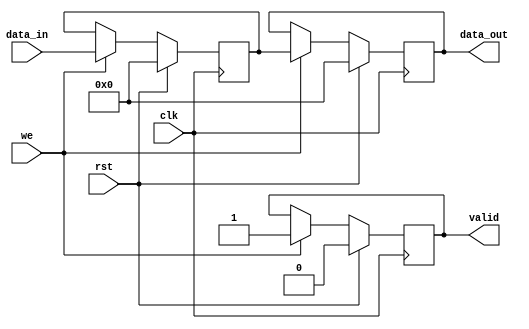
module PipelineBuffer #(
    parameter N = 8,          // Data width
    parameter DEPTH = 1       // Depth of the pipeline (number of stages)
)(
    input wire clk,           // Clock signal
    input wire rst,           // Synchronous reset
    input wire we,            // Write enable signal
    input wire [N-1:0] data_in, // Input data
    output reg [N-1:0] data_out, // Output data
    output reg valid          // Valid signal
);

    // Internal storage for the pipeline buffer
    reg [N-1:0] buffer [0:DEPTH-1];

    integer i;

    // Synchronous reset and data loading
    always @(posedge clk) begin
        if (rst) begin
            // Clear the buffer and valid signal on reset
            for (i = 0; i < DEPTH; i = i + 1) begin
                buffer[i] <= {N{1'b0}}; // Clear each buffer stage
            end
            data_out <= {N{1'b0}}; // Clear output data
            valid <= 1'b0;         // Clear valid signal
        end else if (we) begin
            // Shift data through the pipeline
            buffer[0] <= data_in; // Load new data into the first stage
            for (i = 1; i < DEPTH; i = i + 1) begin
                buffer[i] <= buffer[i-1]; // Shift data to the next stage
            end
            data_out <= buffer[DEPTH-1]; // Output data from the last stage
            valid <= 1'b1; // Set valid signal
        end
    end

endmodule